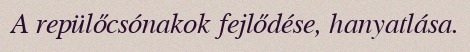
A repülőcsónakok fejlődése, hanyatlása.